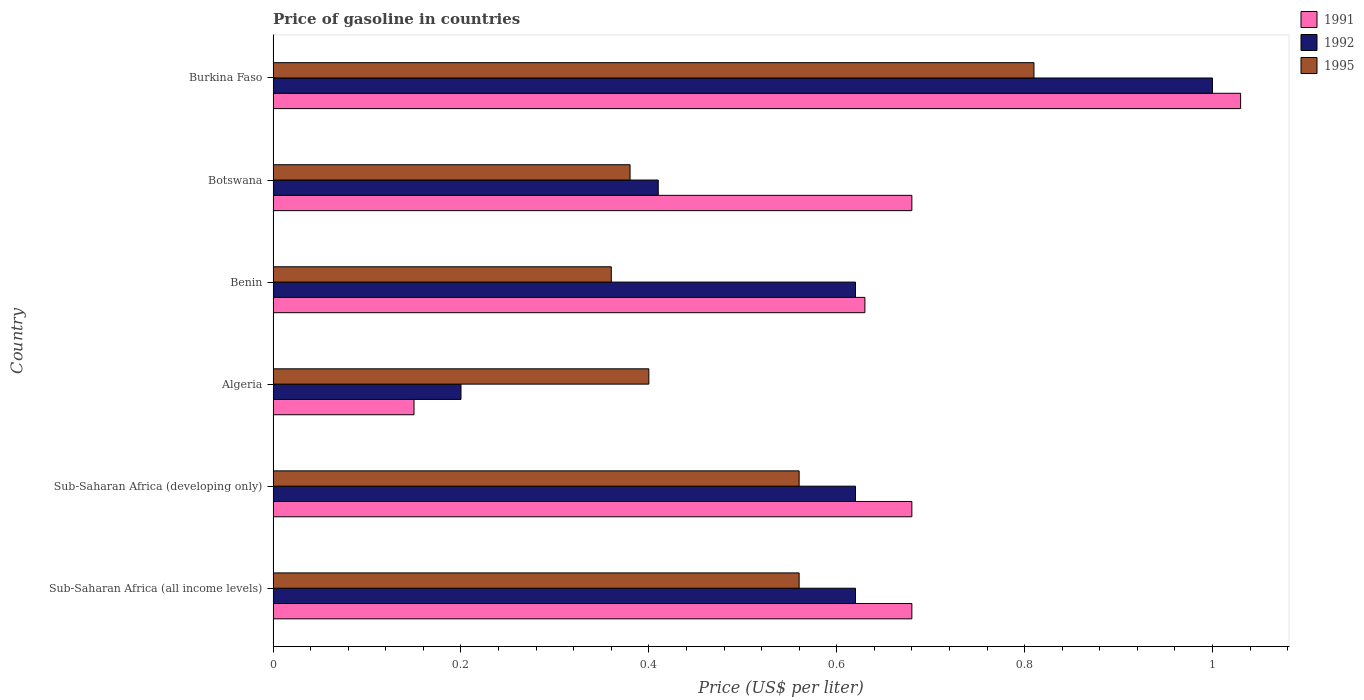
| Country | 1991 | 1992 | 1995 |
 | --- | --- | --- | --- |
 | Sub-Saharan Africa (all income levels) | 0.68 | 0.62 | 0.56 |
 | Sub-Saharan Africa (developing only) | 0.68 | 0.62 | 0.56 |
 | Algeria | 0.15 | 0.2 | 0.4 |
 | Benin | 0.63 | 0.62 | 0.36 |
 | Botswana | 0.68 | 0.41 | 0.38 |
 | Burkina Faso | 1.03 | 1 | 0.81 |